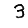
Digit: 3